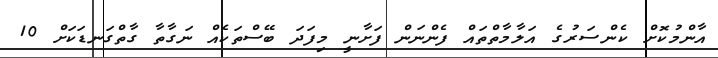
އާންމުކޮށް ކެންސަރުގެ އަލާމާތްތައް ފެންނަން ފަށާނީ މިފަދަ ބޭސްތަކެއް ނަގާތާ ގާތްގަނޑަކަށް 10